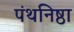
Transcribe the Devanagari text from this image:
पंथनिष्ठा